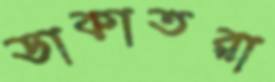
ডাকাতরা